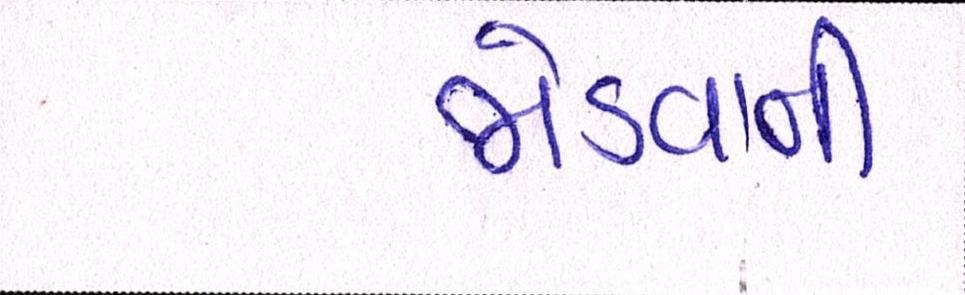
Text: જોડવાની